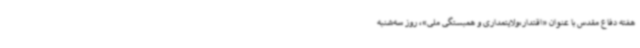
هفته دفاع مقدس با عنوان «اقتدار،ولایتمداری و همبستگی ملی»، روز سه‌شنبه